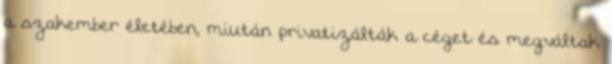
a szakember életében, miután privatizálták a céget és megváltak